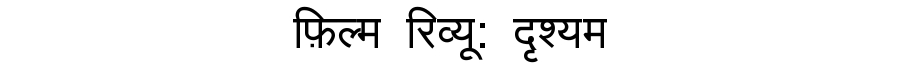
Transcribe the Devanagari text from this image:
फ़िल्म रिव्यू: दृश्यम